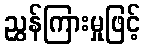
ညွှန်ကြားမှုဖြင့်